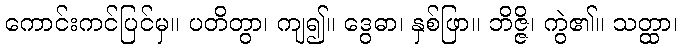
ကောင်းကင်ပြင်မှ။ ပတိတွာ၊ ကျ၍။ ဒွေဓာ၊ နှစ်ဖြာ။ ဘိဇ္ဇိ၊ ကွဲ၏။ သတ္ထာ၊